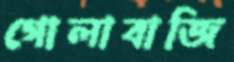
গোলাবাজি